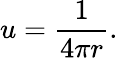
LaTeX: u={\frac{1}{4\pi r}}.